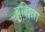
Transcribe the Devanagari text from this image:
बुद्धिता